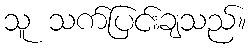
သူ သက်ပြင်းချသည်။